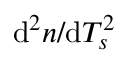
\mathrm { d } ^ { 2 } n / \mathrm { d } T _ { s } ^ { 2 }